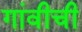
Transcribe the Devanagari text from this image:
गांवीची